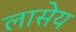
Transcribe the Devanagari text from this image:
लासेय